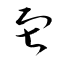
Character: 寂